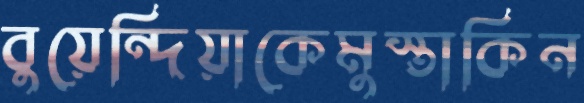
বুয়েন্দিয়াকেমুস্তাকিন